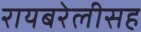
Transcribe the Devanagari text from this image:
रायबरेलीसह